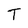
Character: T